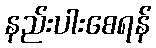
နည်းပါးစေရန်